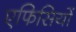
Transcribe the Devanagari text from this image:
एफिसियों